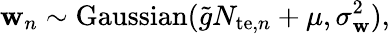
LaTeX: \mathbf{w}_{n}\sim\mathrm{{Gaussian}}(\tilde{{g}}N_{\mathrm{{te}},n}+\mu,\sigma_{\mathbf{w}}^{2}),